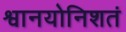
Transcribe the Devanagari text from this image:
श्वानयोनिशतं